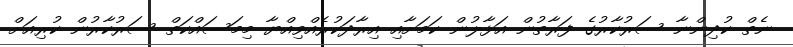
ނެތް ކުދިންނާ ސަރުކާރުގެ ފަރާތުން އަޅާލުން ކަމަށާއި އިރާދަކުރެއްވިއްޔާ މިމަސައްކަތް ސަރުކާރުން ކުރިއަށް